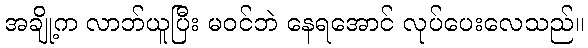
အချို့က လာဘ်ယူပြီး မဝင်ဘဲ နေရအောင် လုပ်ပေးလေသည်။